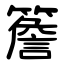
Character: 簷